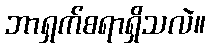
ဘာရှက်စရာရှိသလဲ။